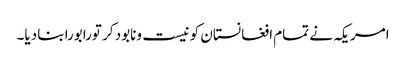
امریکہ نے تمام افغانستان کو نیست ونابود کر تورابورابنا دیا۔